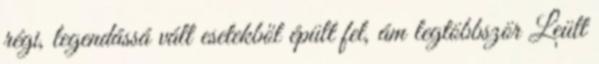
régi, legendássá vált esetekből épült fel, ám legtöbbször Leült